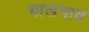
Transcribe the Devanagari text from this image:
भालगाव